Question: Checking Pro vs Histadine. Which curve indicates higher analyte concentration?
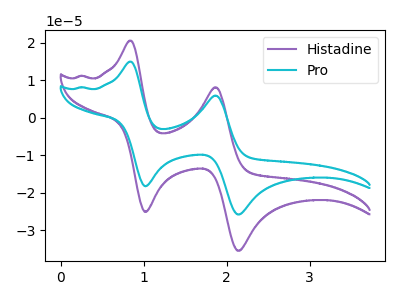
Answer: <think>The purple curve "Histadine" has anodic peaks at (0.85V, 20.55uA) (1.85V, 8.10uA) and cathodic peaks at (1.05V, -25.15uA) (2.15V, -35.55uA). The cyan curve "Pro" has anodic peaks at (0.85V, 14.95uA) (1.85V, 5.90uA) and cathodic peaks at (1.05V, -18.30uA) (2.15V, -25.85uA).
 All the peaks in "Pro" have a peak in "Histadine" at the same potential. Every peak in "Pro" is lower than every peak in "Histadine".</think>
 <answer>"Pro" has less signal than "Histadine" and so likely has a lower concentration.</answer>
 <eval>less_concentration</eval>